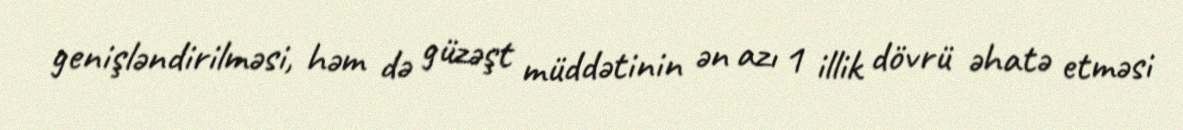
genişləndirilməsi, həm də güzəşt müddətinin ən azı 1 illik dövrü əhatə etməsi